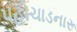
પહોચાડનારૂ